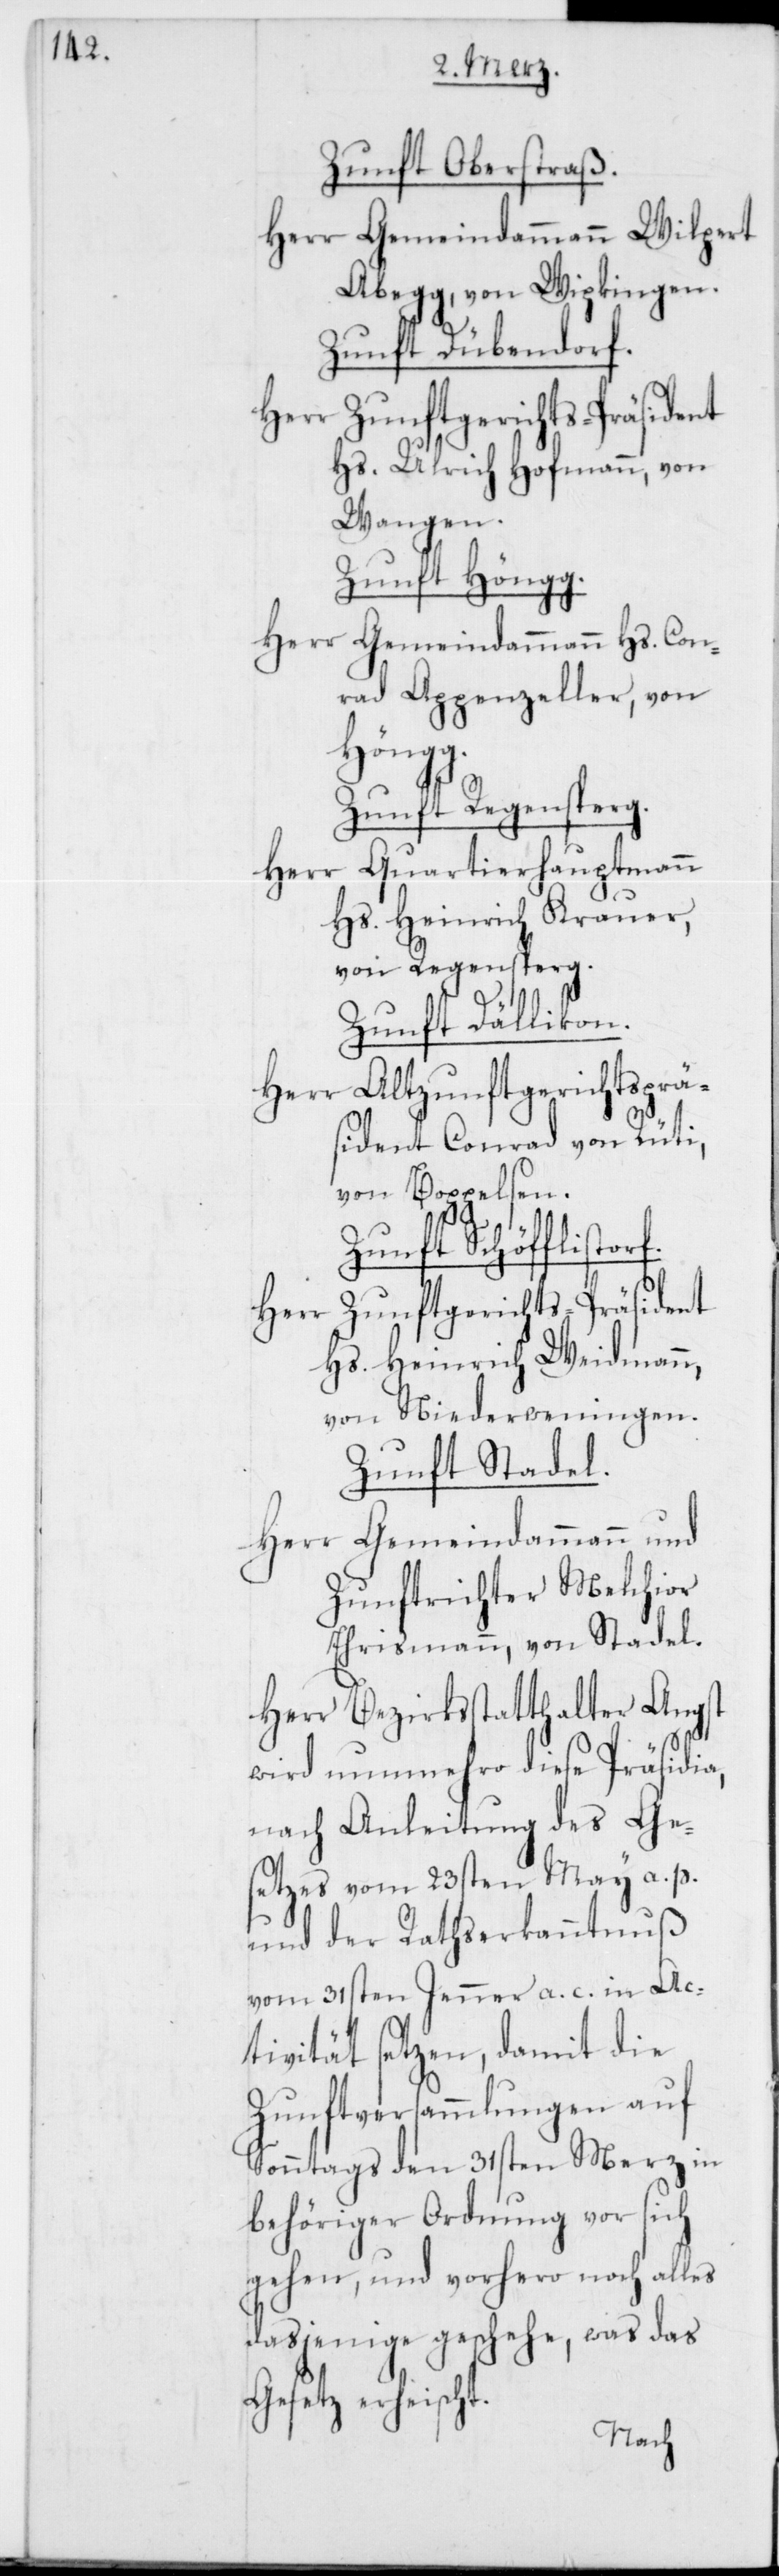
ht.

Zunft Oberstraß.
Herr Gemeindammann Wilpert
Abegg, von Wipkingen.
Zunft Dübendorf.
Hs. Ulrich Hofmann, von
Wangen.
Zunft Höngg.
Herr
Gemeindammann Hs. Con¬
rad Appenzeller, von
Höngg.
Zunft Regensperg.
Quartierhauptmann
Hs. Heinrich Krauer,
von Regensperg.
Zunft Dällikon.
Herr Altzunftgerichtsprä¬
sident Conrad von Rüti,
von Boppelsen.
Zunft Schöfflisto¬
Zunftgerichts-Präsident
Herr
Hs. Heinrich Weidmann,
von Niederweningen.
Zunft Stadel.
Herr Gemeindammann und
Zunftrichter Melchior
Ehrismann, von Stadel.
Herr Bezirksstatthalter Angst
wird nunmehro diese Präsidia,
nach Anleitung des Ge¬
setzes vom 23sten May a. p.
und der Rathserkanntnuß
vom 31sten Jenner a. c. in Ac¬
tivität setzen, damit die
Zunftversammlungen auf
Sonntags den 31sten Merz in
behöriger Ordnung vor sich
gehen, und vorhero noch alles
dasjenige geschehe, was das
Gesetz erheisc¬